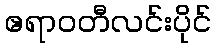
ဧရာဝတီလင်းပိုင်